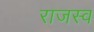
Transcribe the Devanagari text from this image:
राजस्व